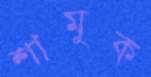
শামুক